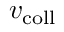
v _ { \mathrm { c o l l } }